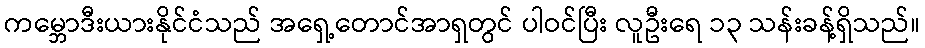
ကမ္ဘောဒီးယားနိုင်ငံသည် အရှေ့တောင်အာရှတွင် ပါဝင်ပြီး လူဦးရေ ၁၃ သန်းခန့်ရှိသည်။